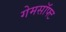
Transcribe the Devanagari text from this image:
गेमसॉफ्ट